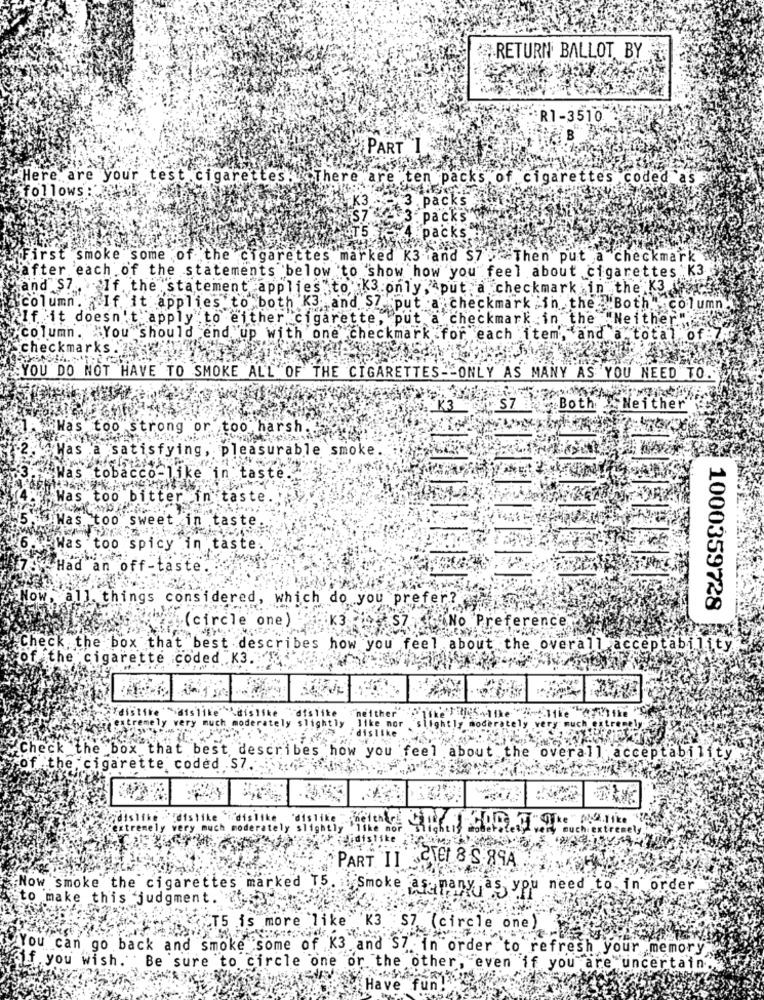
RETURN BALLOT, BY
R1-3510
PART I
Here are your test cigarettes. There are ten packs of cigarettes coded
as
follows: ¥98.
K3
3 . pack
S7
packs
pack
First smoke some of the cigarettes marked K3 and S7.
Then put a checkmark
"after each of the statements below to show how you feel about cigarettes : K3
,and $7 ... If the statement applies to K3 only , put a checkmark in the K3
column. If it applies to both K3 and $7 put a checkmark in the "Both
h.column
If it doesn't apply to either cigarette, put a checkmark in the "Neither"
column. "You should end up with one checkmark for each item', and a total of
checkmarks .'ze
YOU DO NOT HAVE TO SMOKE ALL OF THE CIGARETTES- ONLY AS MANY AS YOU NEED TO.
Both
Neither
"Was too strong or too harsh ..
"Has a satisfying, pleasurable smoke.
"Was tobacco-
in taste.
"Was too bitter in taste
i Was too sweet
in taste
MP Was too spicy in taste
Had an off-taste
low, all things considered, which do you prefer?
1000359728
(circle" one)
K3
No Preference
Check the box that best describes how you feel about the overall acceptability
cof the cigarette coded K3.
sais like' dislike
"dislike
ly very much moderately slightly like mor slightly moderately very much extremel
"neither
idislike
htly
"Check the box that best describes how you feel about the overall acceptability
of the cigarette coded $7.
"dislike
'disli
y much
slightly
'ltke nor
auch extremely
PART II CIEL 8 S.89A
Now smoke the cigarettes marked T5. Smoke as many as you need to in order
to make this judgment.
T5 is more like K3 $7 (circle one)
You can go back and smoke some of Ka "
C. you wish. Be sure to granada.in order to refresh your memory
or the other, even if you are uncertain.
Have